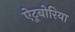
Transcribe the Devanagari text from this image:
ऐटूबोरिया